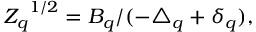
{ Z _ { q } } ^ { 1 / 2 } = { B _ { q } / ( - \triangle _ { q } + \delta _ { q } ) } ,